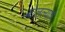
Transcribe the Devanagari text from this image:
बोलल्याचे